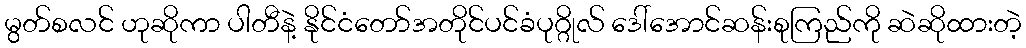
မွတ်စလင် ဟုဆိုကာ ပါတီနဲ့ နိုင်ငံတော်အတိုင်ပင်ခံပုဂ္ဂိုလ် ဒေါ်အောင်ဆန်းစုကြည်ကို ဆဲဆိုထားတဲ့